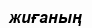
жиғаның